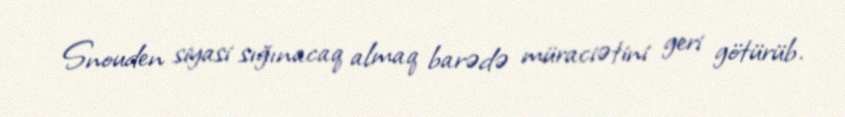
Snouden siyasi sığınacaq almaq barədə müraciətini geri götürüb.